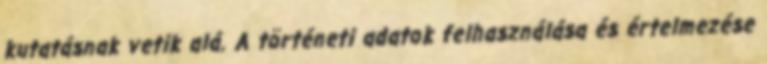
kutatásnak vetik alá. A történeti adatok felhasználása és értelmezése